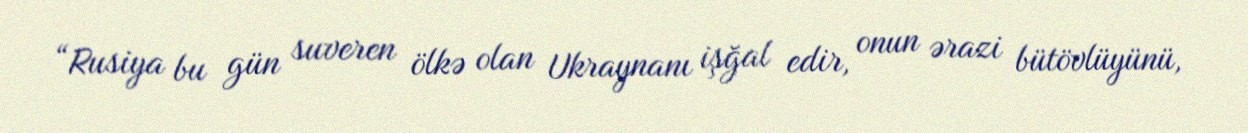
“Rusiya bu gün suveren ölkə olan Ukraynanı işğal edir, onun ərazi bütövlüyünü,